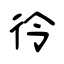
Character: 彾